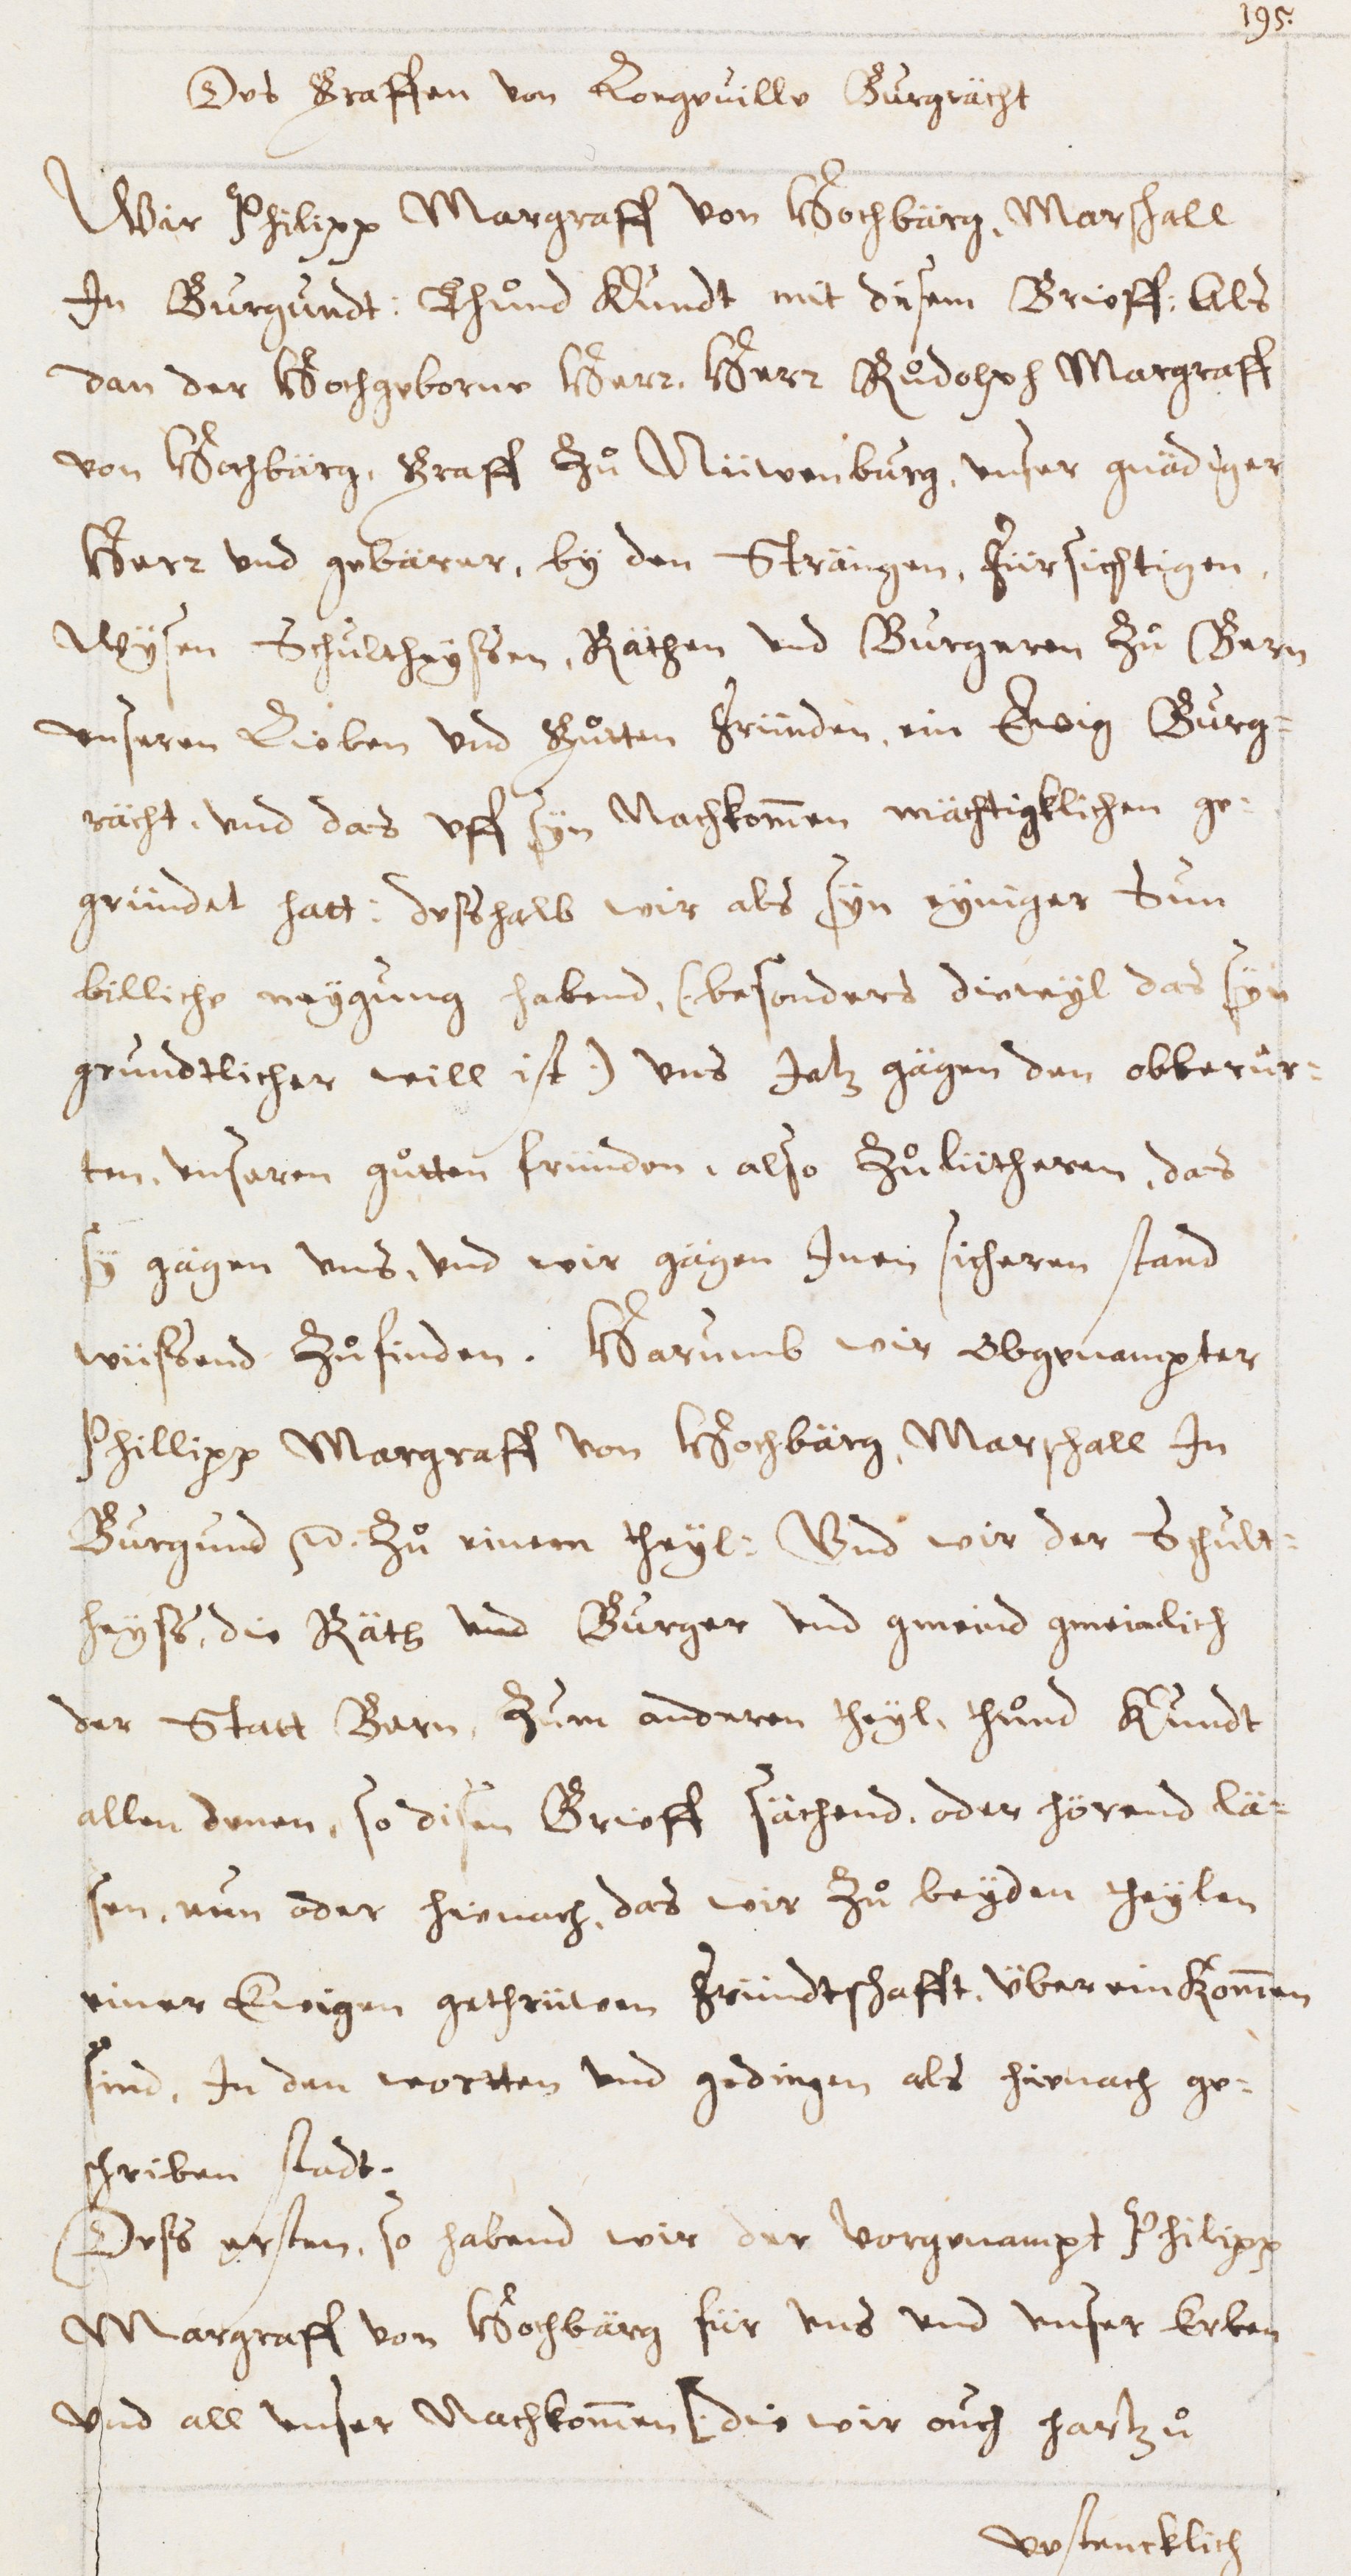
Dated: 1600–1699